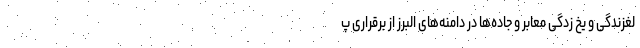
لغزندگی و یخ زدگی معابر و جاده‌ها در دامنه‌های البرز از برقراری پ